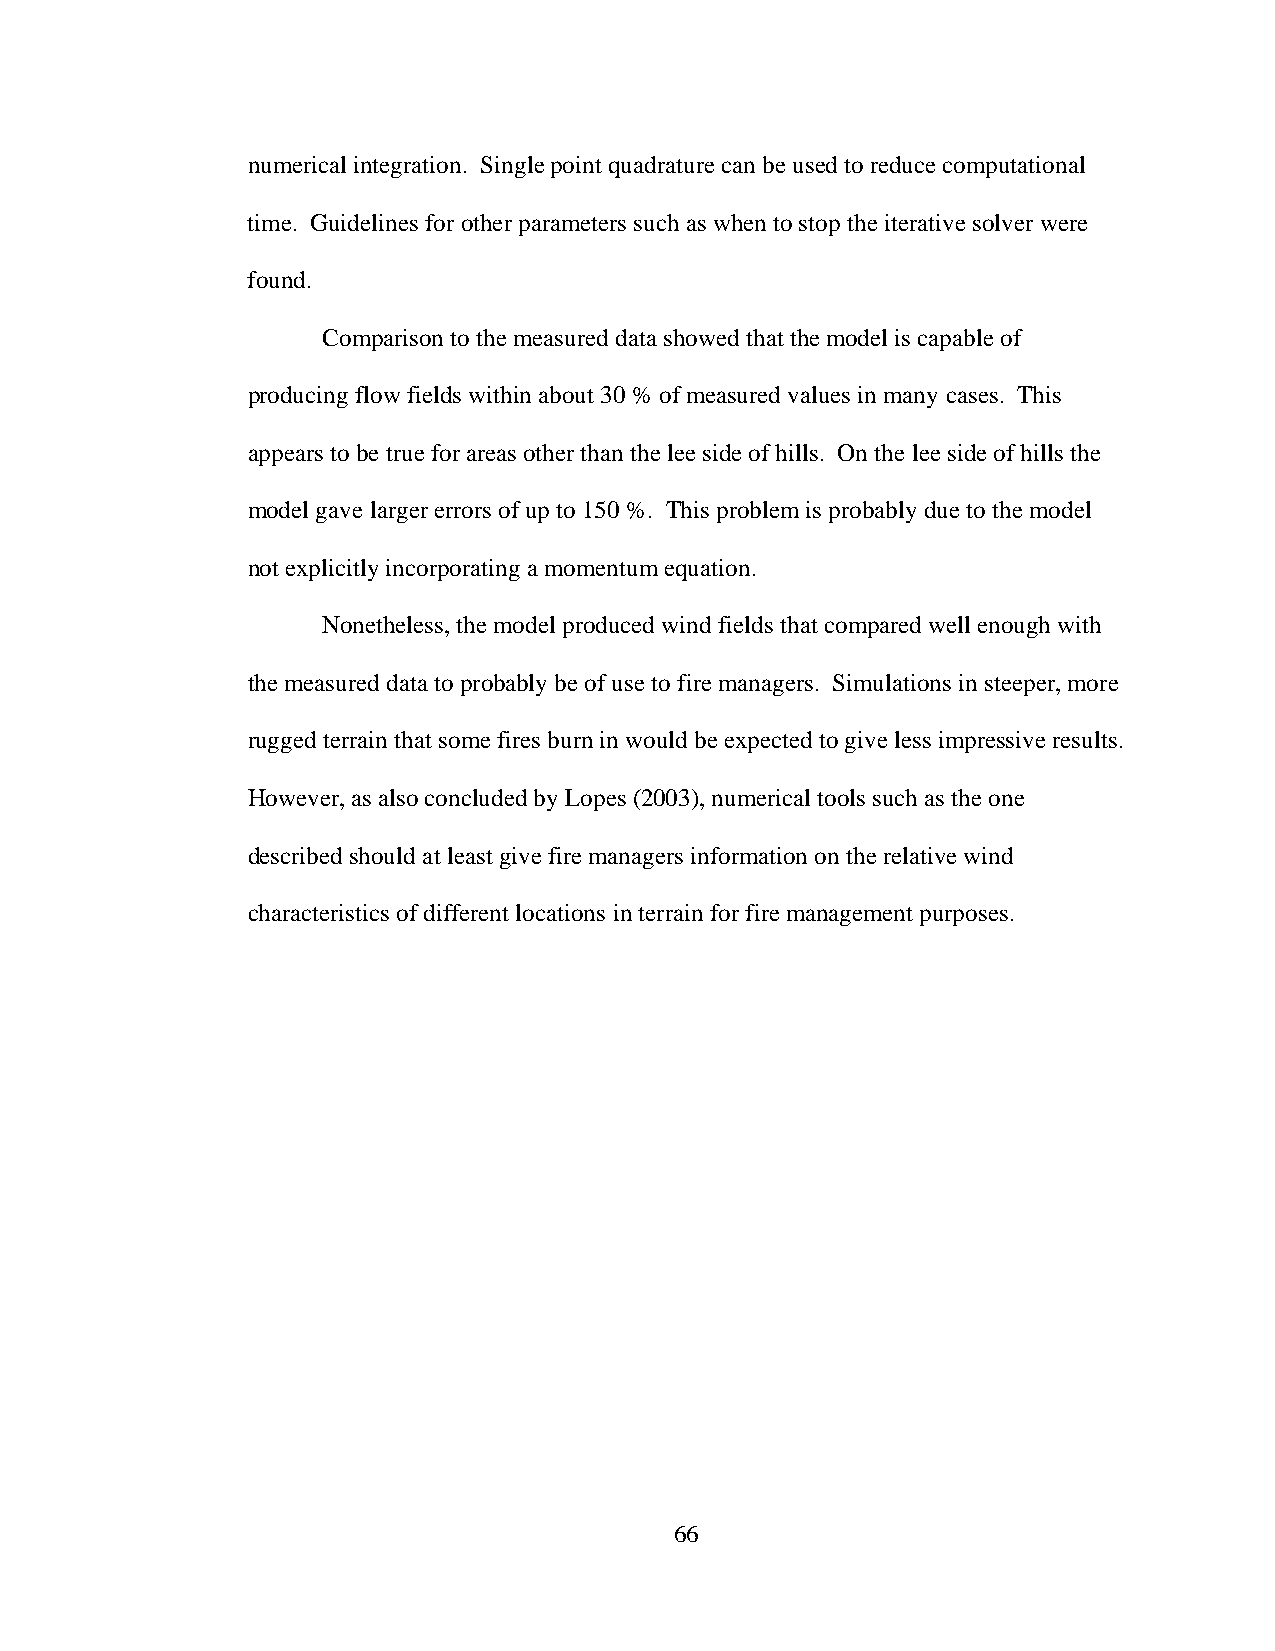
numerical integration. Single point quadrature can be used to reduce computational
 time. Guidelines for other parameters such as when to stop the iterative solver were
 found.
 Comparison to the measured data showed that the model is capable of
 producing flow fields within about 30 % of measured values in many cases. This
 appears to be true for areas other than the lee side of hills. On the lee side of hills the
 model gave larger errors of up to 150 %. This problem is probably due to the model
 not explicitly incorporating a momentum equation.
 Nonetheless, the model produced wind fields that compared well enough with
 the measured data to probably be of use to fire managers. Simulations in steeper, more
 rugged terrain that some fires burn in would be expected to give less impressive results.
 However, as also concluded by Lopes (2003), numerical tools such as the one
 described should at least give fire managers information on the relative wind
 characteristics of different locations in terrain for fire management purposes.
 66